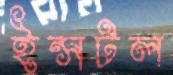
ইন্সটল